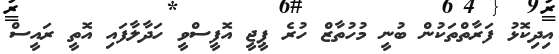
އިދިކޮޅު ފަރާތްތަކުން ބުނީ މުހުތާޒް ހުރެ ޕީޖީ އޮފީސްވީ ހަދާލާފައި އޮތީ ރައީސް